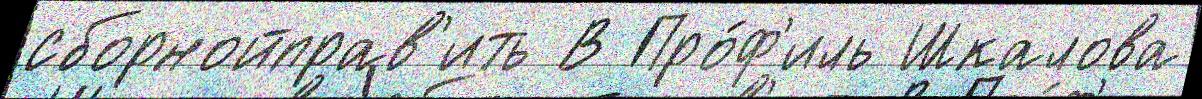
сборнойправ'ить В Про́ф'иль Шкалова